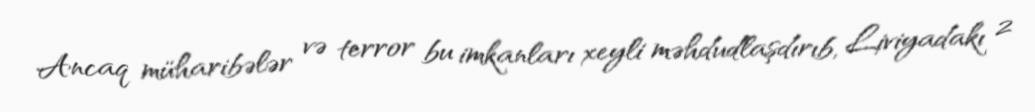
Ancaq müharibələr və terror bu imkanları xeyli məhdudlaşdırıb, Liviyadakı 2